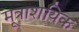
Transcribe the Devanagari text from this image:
मूत्राशयिक